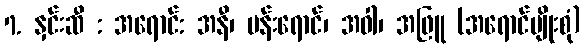
7. နှင်းဆီ : အရောင်: အနီ၊ ပန်းရောင်၊ အဝါ၊ အဖြူ (အရောင်မျိုးစုံ)